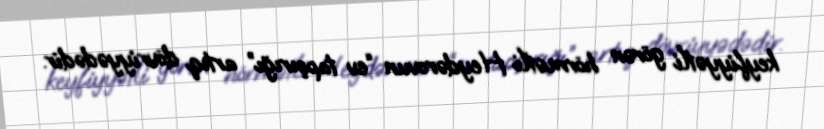
keyfiyyətli görən hörmətli Heydərovun “ev tapşırığı” artıq dövriyyədədir.